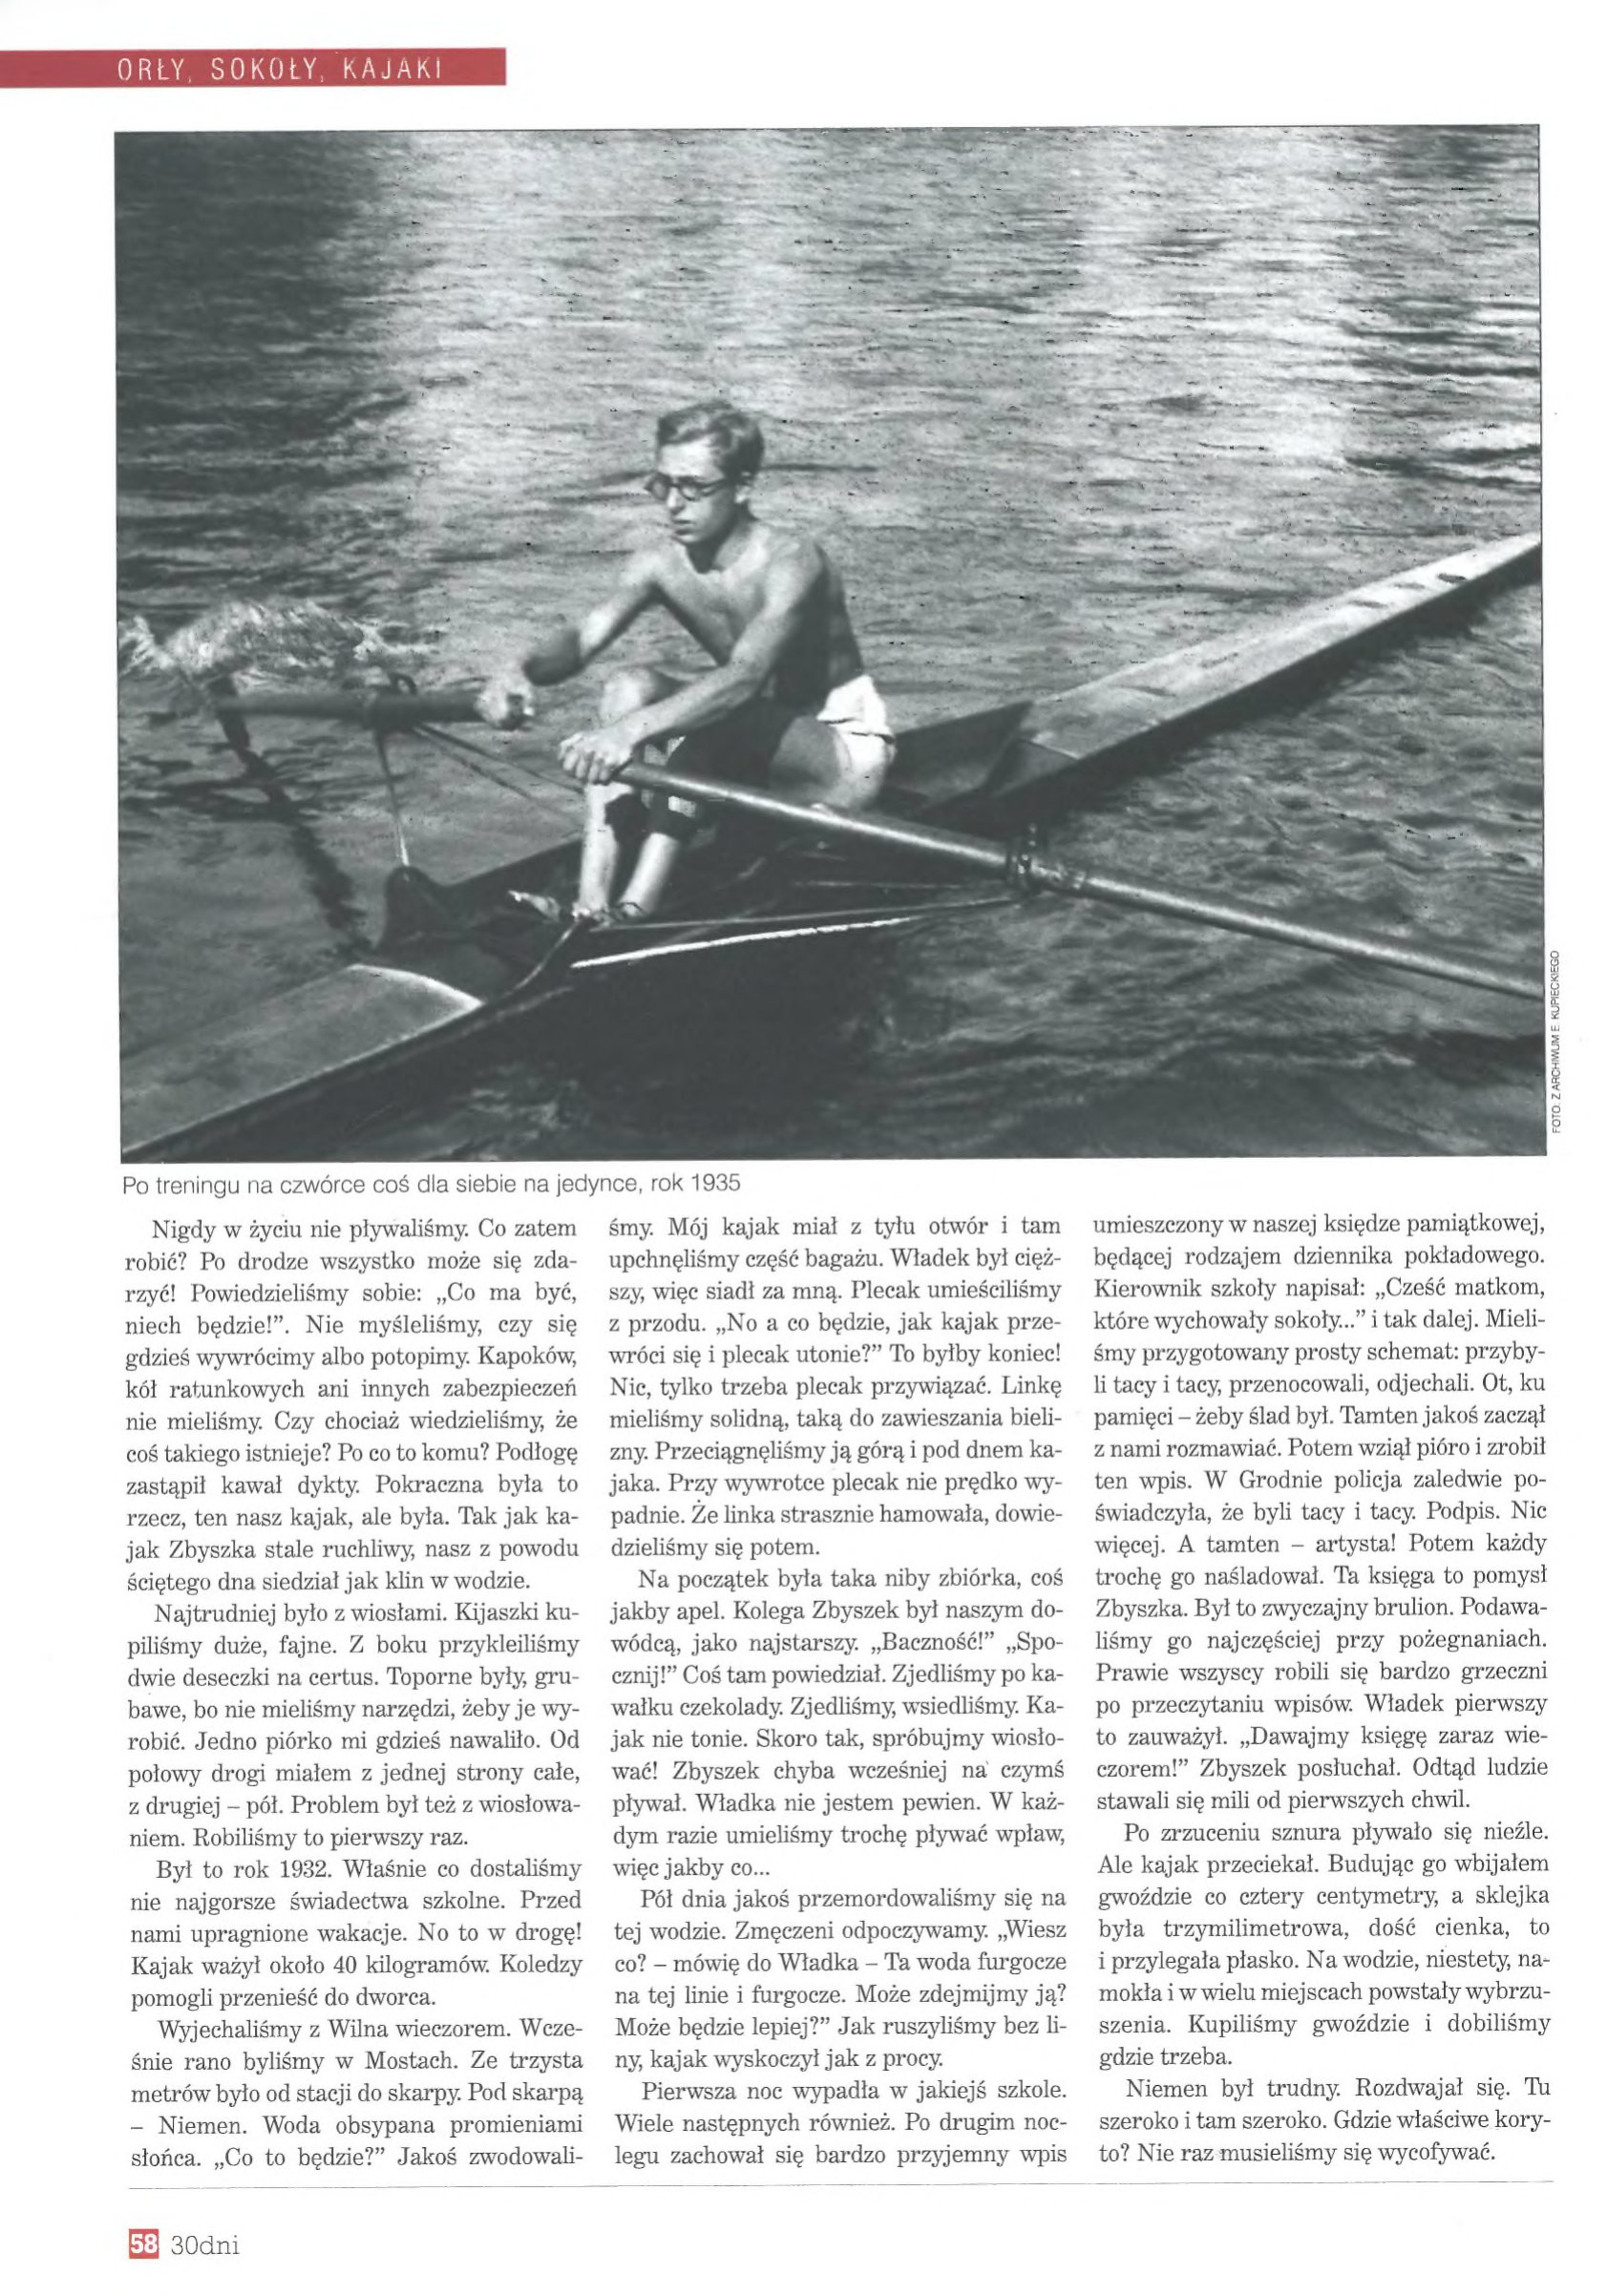
Language: pl